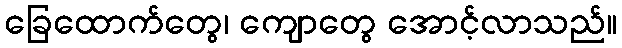
ခြေထောက်တွေ၊ ကျောတွေ အောင့်လာသည်။